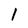
Character: l